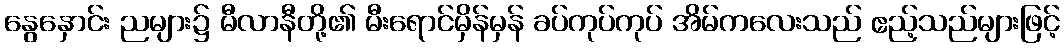
နွေနှောင်း ညများ၌ မီလာနီတို့၏ မီးရောင်မှိန်မှန် ခပ်ကုပ်ကုပ် အိမ်ကလေးသည် ဧည့်သည်များဖြင့်